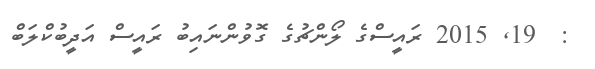
:  19